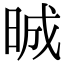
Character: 晠